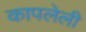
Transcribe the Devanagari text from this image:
कापलेली